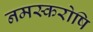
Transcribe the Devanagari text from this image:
नमस्करोषि